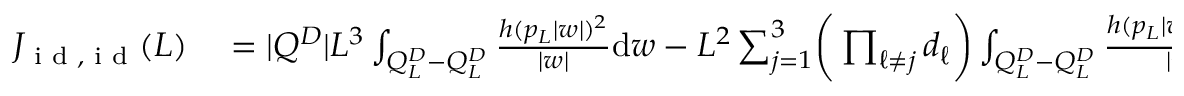
\begin{array} { r l } { J _ { \textnormal { i d } , \textnormal { i d } } ( L ) } & { { } = | Q ^ { D } | L ^ { 3 } \int _ { Q _ { L } ^ { D } - Q _ { L } ^ { D } } \frac { h ( p _ { L } | w | ) ^ { 2 } } { | w | } \mathrm { d } w - L ^ { 2 } \sum _ { j = 1 } ^ { 3 } \biggr ( \prod _ { \ell \neq j } d _ { \ell } \biggr ) \int _ { Q _ { L } ^ { D } - Q _ { L } ^ { D } } \frac { h ( p _ { L } | w | ) ^ { 2 } | w _ { j } | } { | w | } \mathrm { d } w } \end{array}